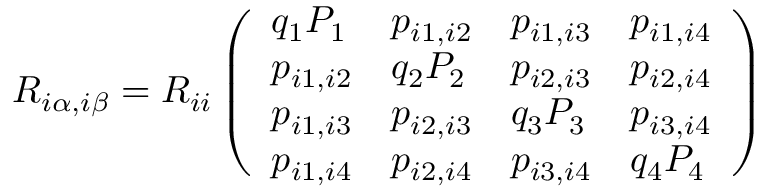
R _ { i \alpha , i \beta } = R _ { i i } \left( \begin{array} { l l l l } { q _ { 1 } P _ { 1 } } & { p _ { i 1 , i 2 } } & { p _ { i 1 , i 3 } } & { p _ { i 1 , i 4 } } \\ { p _ { i 1 , i 2 } } & { q _ { 2 } P _ { 2 } } & { p _ { i 2 , i 3 } } & { p _ { i 2 , i 4 } } \\ { p _ { i 1 , i 3 } } & { p _ { i 2 , i 3 } } & { q _ { 3 } P _ { 3 } } & { p _ { i 3 , i 4 } } \\ { p _ { i 1 , i 4 } } & { p _ { i 2 , i 4 } } & { p _ { i 3 , i 4 } } & { q _ { 4 } P _ { 4 } } \end{array} \right)